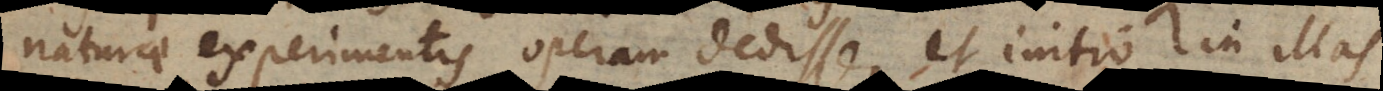
naturae experimentis operam dedisse, et initio in illas